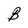
Character: B